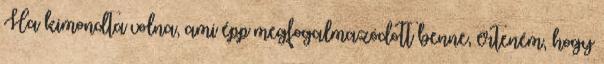
Ha kimondta volna, ami épp megfogalmazódott benne, érteném, hogy